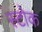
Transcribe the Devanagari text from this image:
स्‍टोक